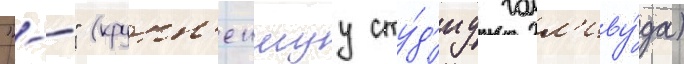
"--" (крупн'еишуу сту́д'иу голл'иву́да)